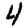
Digit: 4